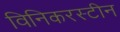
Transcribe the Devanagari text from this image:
विनिकरस्टीन